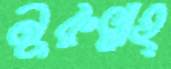
নুরুল্লাহ্